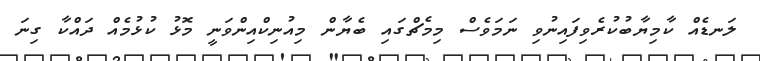
ލަނޑެއް ކާމިޔާބުކުރެވިފައިނުވި ނަމަވެސް މިމެޗްގައި ބެޔާން މިއުނިކްއިންވަނީ މޮޅު ކުޅުމެއް ދައްކާ ގިނަ